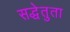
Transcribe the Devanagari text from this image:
सद्धेतुता